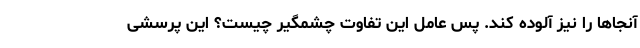
آنجاها را نیز آلوده کند. پس عامل این تفاوت چشمگیر چیست؟ این پرسشی